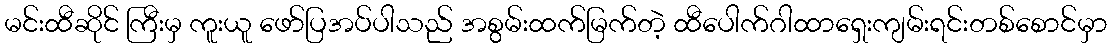
မင်းထီဆိုင် ကြီးမှ ကူးယူ ဖော်ပြအပ်ပါသည် အစွမ်းထက်မြက်တဲ့ ထီပေါက်ဂါထာရှေးကျမ်းရင်းတစ်စောင်မှာ